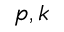
p , k